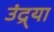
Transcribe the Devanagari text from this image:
उंद्र्या